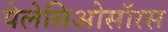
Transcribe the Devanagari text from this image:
पेलेसिओसॉरस